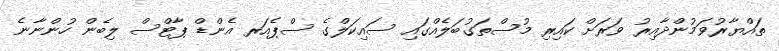
ތައްޔާރުވަމުންދާއިރު ވަރަށް ކައިރި މުސްތަގުބަލެއްގައި ސައިކަލްގެ ސްޕެއަރ އެންޑް ޕާޓްސް ލިބެން ހުންނާނެ